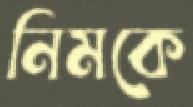
নিমকে